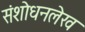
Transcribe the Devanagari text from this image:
संशोधनलेख